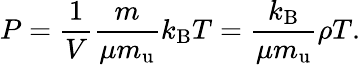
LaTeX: P={\frac{1}{V}}{\frac{m}{\mu m_{\mathrm{u}}}}k_{\mathrm{B}}T={\frac{k_{\mathrm{B}}}{\mu m_{\mathrm{u}}}}\rho T.